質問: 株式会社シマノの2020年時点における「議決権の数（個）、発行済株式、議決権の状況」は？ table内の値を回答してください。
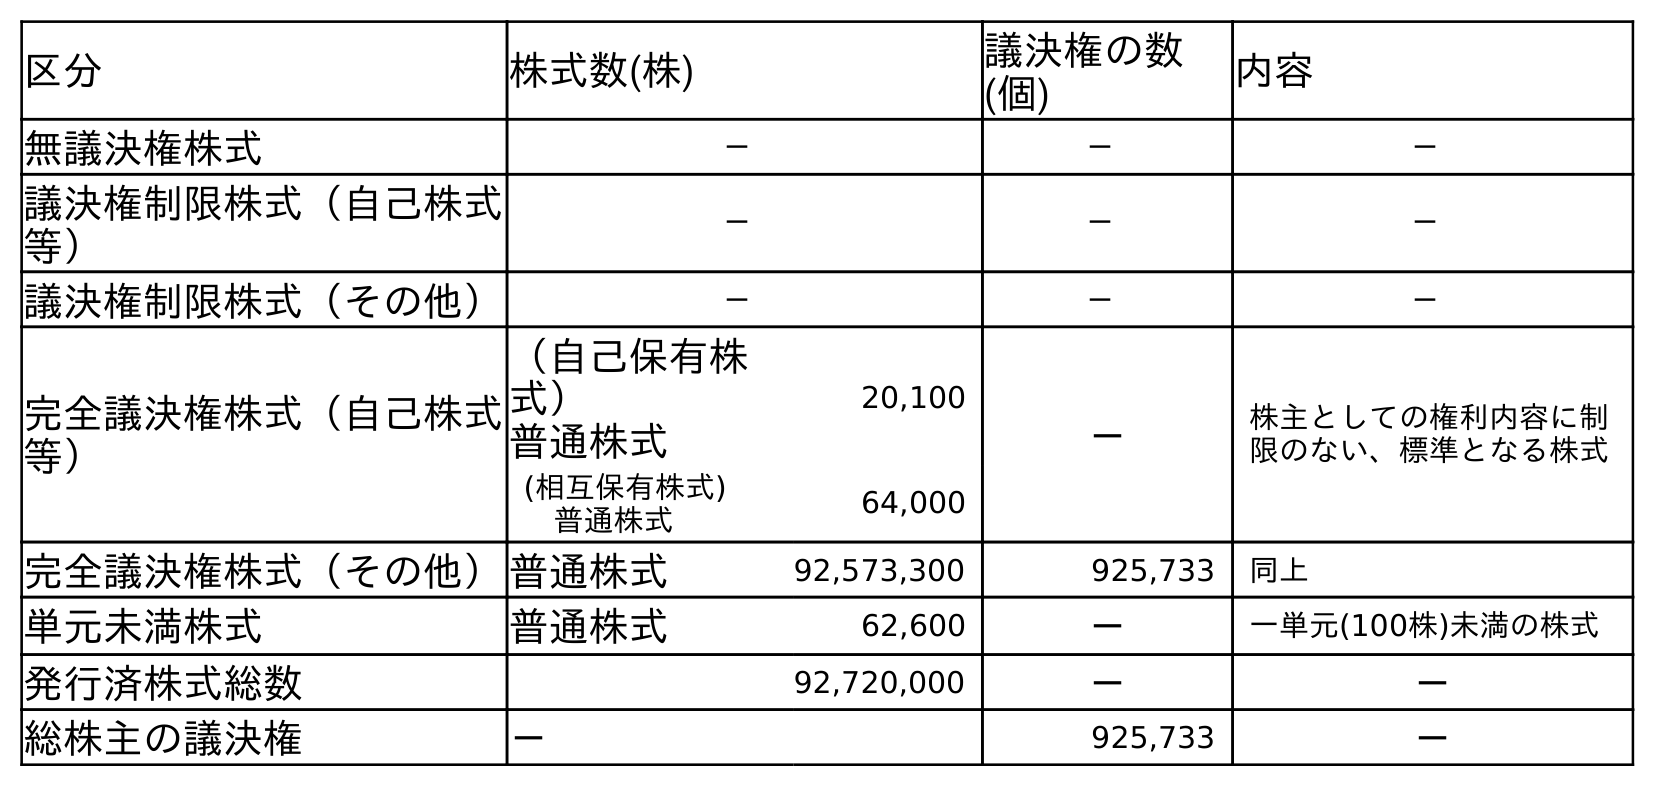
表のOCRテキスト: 区分 株式数(株) 議決権の数 (個) 内容 無議決権株式 － － － 議決権制限株式（自己株式 等） － － － 議決権制限株式（その他） － － － 完全議決権株式（自己株式 等） （自己保有株 式） 普通株式 20,100 － 株主としての権利内容に制 限のない、標準となる株式 (相互保有株式) 普通株式 64,000 完全議決権株式（その他）普通株式 92,573,300 925,733 同上 単元未満株式 普通株式 62,600 － 一単元(100株)未満の株式 発行済株式総数 92,720,000 － － 総株主の議決権 － 925,733 －
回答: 925,733